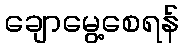
ချောမွေ့စေရန်